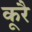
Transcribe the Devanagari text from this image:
कूरै